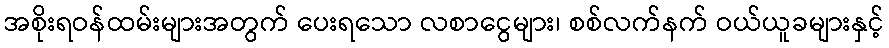
အစိုးရဝန်ထမ်းများအတွက် ပေးရသော လစာငွေများ၊ စစ်လက်နက် ဝယ်ယူခများနှင့်